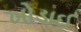
ખોડાઈ